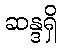
ဆန္ဒရှိ